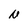
Character: N